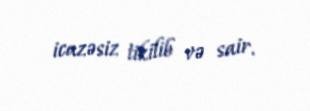
icazəsiz tikilib və sair.